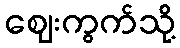
ဈေးကွက်သို့